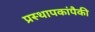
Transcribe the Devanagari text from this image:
प्रस्थापकांपैकी